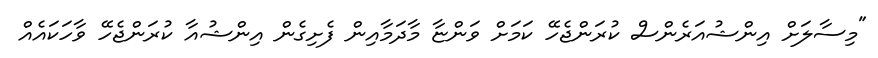
"މިސާލަށް އިންޝުއަރެންސް ކުރަންޖެހޭ ކަމަށް ވަންޏާ މާދަމާއިން ފެށިގެން އިންޝުއާ ކުރަންޖެހޭ ވާހަކައެއް